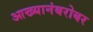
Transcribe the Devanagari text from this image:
आख्यानंबरोबर